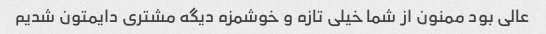
عالی بود ممنون از شما خیلی تازه و خوشمزه دیگه مشتری دایمتون شدیم